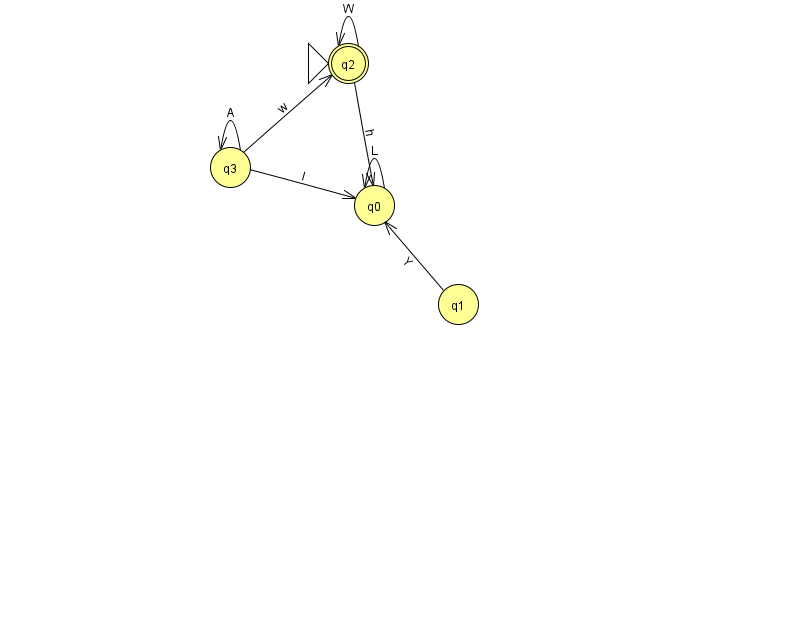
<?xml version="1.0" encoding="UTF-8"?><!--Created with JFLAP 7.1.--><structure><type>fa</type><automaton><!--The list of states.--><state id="0" name="q0"><x>374.0</x><y>192.0</y></state><state id="1" name="q1"><x>458.0</x><y>291.0</y></state><state id="2" name="q2"><x>348.0</x><y>50.0</y><initial/><final/></state><state id="3" name="q3"><x>230.0</x><y>154.0</y></state><!--The list of transitions.--><transition><from>2</from><to>0</to><read>h</read></transition><transition><from>3</from><to>3</to><read>A</read></transition><transition><from>2</from><to>2</to><read>W</read></transition><transition><from>1</from><to>0</to><read>Y</read></transition><transition><from>0</from><to>0</to><read>L</read></transition><transition><from>3</from><to>2</to><read>w</read></transition><transition><from>3</from><to>0</to><read>l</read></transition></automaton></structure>